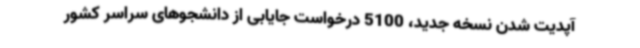
آپدیت شدن نسخه جدید، 5100 درخواست جایابی از دانشجوهای سراسر کشور